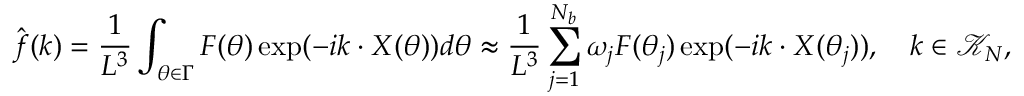
\hat { \boldsymbol f } ( \boldsymbol k ) = \frac { 1 } { L ^ { 3 } } \int _ { \boldsymbol \theta \in \Gamma } \boldsymbol F ( \boldsymbol \theta ) \exp ( - i \boldsymbol k \cdot \boldsymbol X ( \boldsymbol \theta ) ) d \boldsymbol \theta \approx \frac { 1 } { L ^ { 3 } } \sum _ { j = 1 } ^ { N _ { b } } \omega _ { j } \boldsymbol F ( \boldsymbol \theta _ { j } ) \exp ( - i \boldsymbol k \cdot \boldsymbol X ( \boldsymbol \theta _ { j } ) ) , \quad \boldsymbol k \in \mathcal { K } _ { N } ,